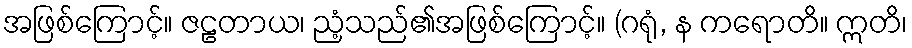
အဖြစ်ကြောင့်။ ဇဠတာယ၊ ညံ့သည်၏အဖြစ်ကြောင့်။ (ဂရုံ, န ကရောတိ။ ဣတိ၊